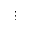
\smash { \vdots }